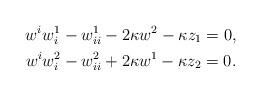
LaTeX: \begin{gather*}w^iw^1_i-w^1_{ii}-2\kappa w^2-\kappa z_1=0,\\w^iw^2_i-w^2_{ii}+2\kappa w^1-\kappa z_2=0.\end{gather*}